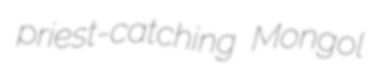
priest-catching Mongol